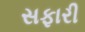
સફારી